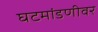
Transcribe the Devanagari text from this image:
घटमांडणीवर